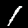
Digit: 1